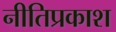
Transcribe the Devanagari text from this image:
नीतिप्रकाश